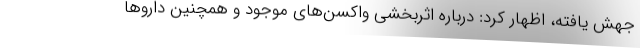
جهش یافته، اظهار کرد: درباره اثربخشی واکسن‌های موجود و همچنین داروها